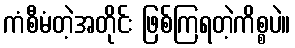
ကံစီမံတဲ့အတိုင်း ဖြစ်ကြရတဲ့ကိစ္စပဲ။